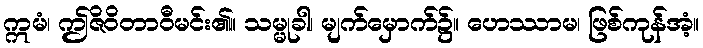
ဣမံ၊ ဤဇိဝိတာဝီမင်း၏။ သမ္မုခါ၊ မျက်မှောက်၌။ ဟေဿာမ၊ ဖြစ်ကုန်အံ့။